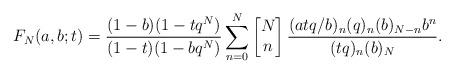
LaTeX: \begin{align*}F_N(a,b;t)=\frac{(1-b)(1-tq^N)}{(1-t)(1-bq^N)}\sum_{n=0}^{N}\begin{bmatrix}N\\n\end{bmatrix}\frac{(atq/b)_n(q)_n(b)_{N-n}b^n}{(tq)_n(b)_N}.\end{align*}